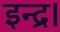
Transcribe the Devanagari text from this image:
इन्द्र।